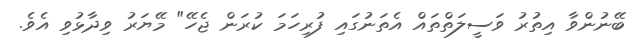
ބޭނުންވާ އިތުރު ވަސީލަތްތައް އެތަނުގައި ފުރިހަމަ ކުރަން ޖެހޭ" މޭޔަރު ވިދާޅުވި އެވެ.